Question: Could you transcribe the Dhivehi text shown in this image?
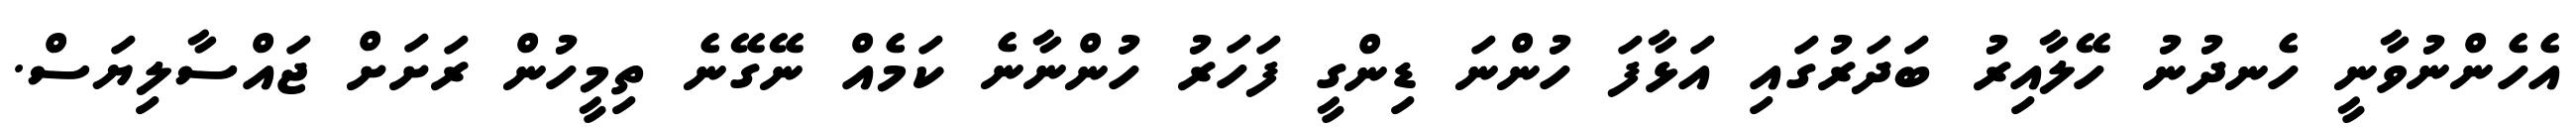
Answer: އެހެންނުވާނީ ހެނދުނު ހޭލާއިރު ބަދަރުގައި އަޅާފަ ހުންނަ ޑިންގީ ފަހަރު ހުންނާނެ ކަމެއް ނޭގޭނެ ތިމީހުން ރަށަށް ޖައްސާލިޔަސް.